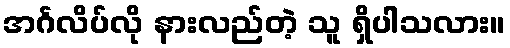
အင်္ဂလိပ်လို နားလည်တဲ့ သူ ရှိပါသလား။